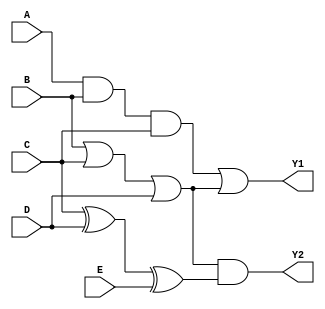
module combinational_logic_block (
    input wire A,        // Input Signal A
    input wire B,        // Input Signal B
    input wire C,        // Input Signal C
    input wire D,        // Input Signal D
    input wire E,        // Input Signal E
    output wire Y1,      // Output Signal Y1
    output wire Y2       // Output Signal Y2
);

// Group 1: {A, B, C}
// Perform AND operation on Group 1
wire group1_result;
assign group1_result = A & B & C;

// Group 2: {B, C, D}
// Perform OR operation on Group 2
wire group2_result;
assign group2_result = B | C | D;

// Group 3: {C, D, E}
// Perform XOR operation on Group 3
wire group3_result;
assign group3_result = C ^ D ^ E;

// Output Generation
// Y1 is assigned the result of Group 1 and Group 2
assign Y1 = group1_result | group2_result;  // Combining results using OR

// Y2 is assigned the result of Group 2 and Group 3
assign Y2 = group2_result & group3_result;  // Combining results using AND

endmodule